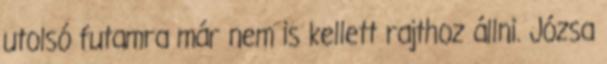
utolsó futamra már nem is kellett rajthoz állni. Józsa